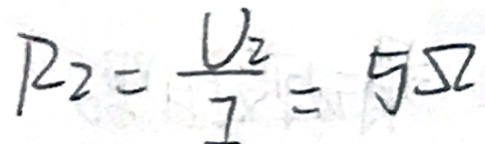
R _ { 2 } = \frac { U _ { 2 } } { I } = 5 \Omega